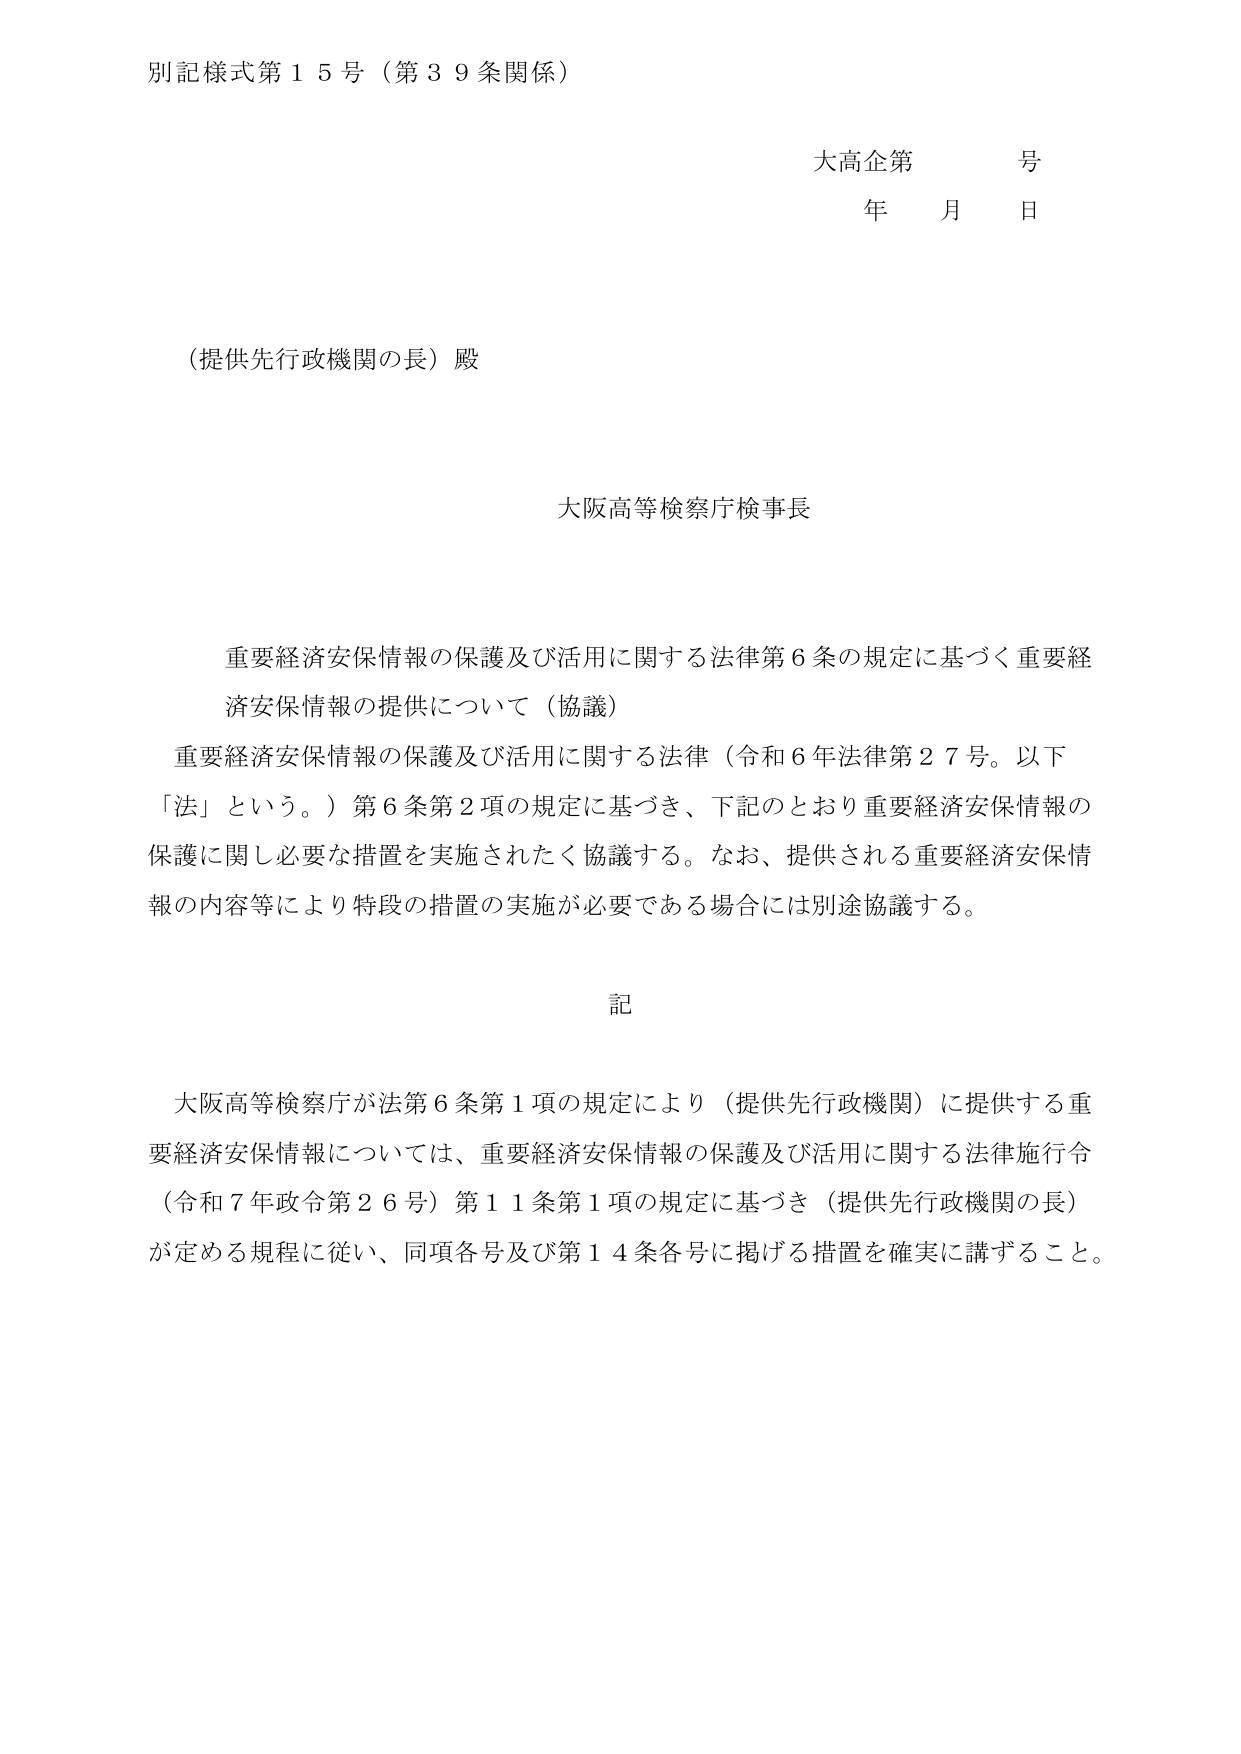
別記様式第１５号（第３９条関係）

大高企第　　号
年　　月　　日

（提供先行政機関の長）殿

大阪高等検察庁検事長

重要経済安保情報の保護及び活用に関する法律第６条の規定に基づく重要経済安保情報の提供について（協議）

重要経済安保情報の保護及び活用に関する法律（令和６年法律第２７号。以下「法」という。）第６条第２項の規定に基づき、下記のとおり重要経済安保情報の保護に関し必要な措置を実施されたく協議する。なお、提供される重要経済安保情報の内容等により特段の措置の実施が必要である場合には別途協議する。

記

大阪高等検察庁が法第６条第１項の規定により（提供先行政機関）に提供する重要経済安保情報については、重要経済安保情報の保護及び活用に関する法律施行令（令和７年政令第２６号）第１１条第１項の規定に基づき（提供先行政機関の長）が定める規程に従い、同項各号及び第１４条各号に掲げる措置を確実に講ずること。